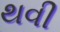
થવી